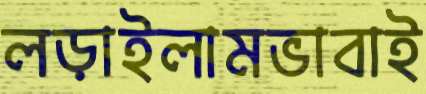
লড়াইলামভাবাই